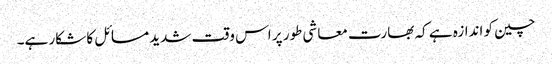
چین کو اندازہ ہے کہ بھارت معاشی طور پر اس وقت شدید مسائل کا شکار ہے۔